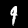
Label: 9